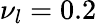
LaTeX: {\nu_{l}}=0.2